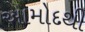
આમોદથી